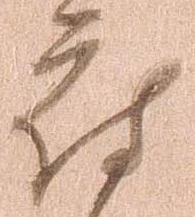
府